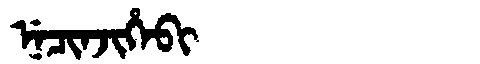
Manchu: ᠨᡝᠴᡳᠨᠵᡳᡥᡝᠪᡳ
Romanization: NECINJIHEBI